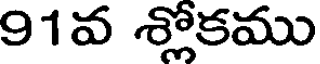
91వ శ్లోకము